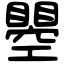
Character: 瞾